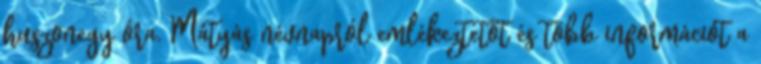
huszonegy óra. Mátyás névnapról emlékeztetőt és több információt a